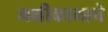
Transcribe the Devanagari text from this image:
नक्षीकामाचे